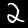
Label: 2